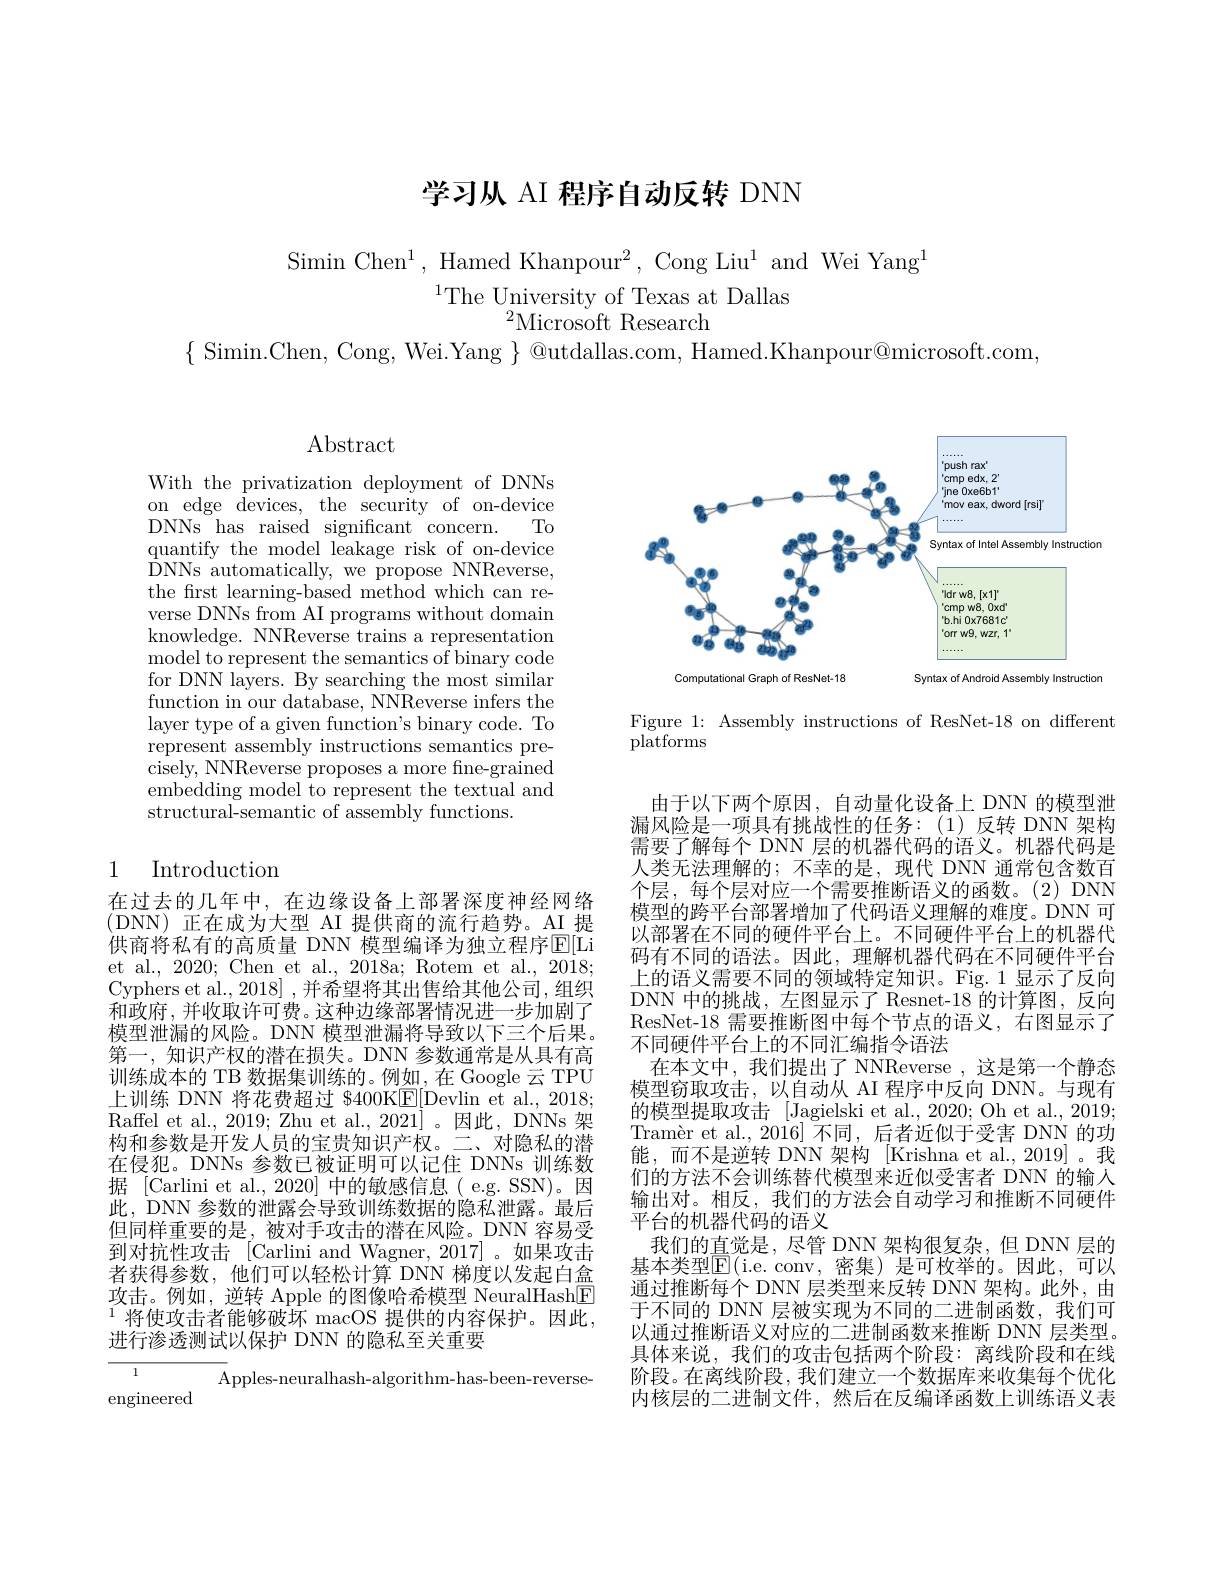
# 学习从 AI 程序自动反转 DNN

Simin Chen$^1$, Hamed Khanpour$^2$, Cong Liu$^1$ and Wei Yang$^1$
$^{1}$The University of Texas at Dallas
$^{2}$Microsoft Research

$\{$ Simin.Chen, Cong, Wei.Yang $\}$ @utdallas.com, Hamed.Khanpour@microsoft.com,

Abstract

With the privatization deployment of DNNs on edge devices, the security of on-device
$To$
DNNs has raised significant concern.
quantify the model leakage risk of on-device ${\dot{\mathrm{DNNs~automatically,~we~propose~NNReverse,}}}$ the frst learning-based method which can reverse DNNs from AI programs without domain knowledge. NNReverse trains a representation model to represent the semantics of binary code for DNN layers. By searching the most similar function in our database, NNReverse infers the layer type of a given function's binary code. To represent assembly instructions semantics precisely, NNReverse proposes a more fine-grained embedding model to represent the textual and structural-semantic of assembly functions

# 1 Introduction

在过去的几年中，在边缘设备上部署深度神经网络(DNN)正在成为大型 AI 提供商的流行趋势。AI 提供商将私有的高质量 DNN 模型编译为独立程序$\mathbb{E}[$Li et al., 2020; Chen et al., 2018a; Rotem et al., 2018; Cyphers et al., 2018] , 并希望将其出售给其他公司，组织和政府，并收取许可费。这种边缘部署情况进一步加剧了模型泄漏的风险。DNN 模型泄漏将导致以下三个后果。第一，知识产权的潜在损失。DNN 参数通常是从具有高训练成本的 TB 数据集训练的。例如，在 Google 云 TPU 上训练 DNN 将花费超过 8400K$\underline{\mathrm{F}}[$Devlin et al., 2018; Raffel et al., 2019; Zhu et al., 2021] 。因此，DNNs 架构和参数是开发人员的宝贵知识产权。二、对隐私的潜在侵犯。DNNs 参数已被证明可以记住 DNNs 训练数据 [Carlini et al., 2020] 中的敏感信息( e.g. SSN)。因此，DNN 参数的泄露会导致训练数据的隐私泄露。最后但同样重要的是，被对手攻击的潜在风险。DNN 容易受到对抗性攻击 [Carlini and Wagner, 2017] 。如果攻击者获得参数，他们可以轻松计算 DNN 梯度以发起白盒攻击。例如，逆转 Apple 的图像哈希模型 NeuralHash$\textcircled{\mathrm{F}}$ $^{1}$将使攻击者能够破坏 macOS 提供的内容保护。因此， 进行渗透测试以保护 DNN 的隐私至关重要

1

Apples-neuralhash-algorithm-has-been-reverse-

engineered

<FigureHere>

Figure 1: Assembly instructions of ResNet-18 on different
platforms

由于以下两个原因，自动量化设备上 DNN 的模型泄漏风险是一项具有挑战性的任务：(1)反转 DNN 架构需要了解每个 DNN 层的机器代码的语义。机器代码是人类无法理解的；不幸的是，现代 DNN 通常包含数百个层，每个层对应一个需要推断语义的函数。(2)DNN 模型的跨平台部署增加了代码语义理解的难度。DNN 可以部署在不同的硬件平台上。不同硬件平台上的机器代码有不同的语法。因此，理解机器代码在不同硬件平台上的语义需要不同的领域特定知识。Fig.1 显示了反向DNN 中的挑战，左图显示了 Resnet-18 的计算图，反向ResNet-18 需要推断图中每个节点的语义，右图显示了不同硬件平台上的不同汇编指令语法
在本文中，我们提出了 NNReverse ,这是第一个静态模型窃取攻击，以自动从 AI 程序中反向 DNN。与现有的模型提取攻击 [Jagielski et al., 2020; Oh et al., 2019; Tramèr et al.,2016] 不同，后者近似于受害 DNN 的功能，而不是逆转 DNN 架构 [Krishna et al.,2019]。我们的方法不会训练替代模型来近似受害者 DNN 的输人输出对。相反，我们的方法会自动学习和推断不同硬件平台的机器代码的语义
我们的直觉是，尽管 DNN 架构很复杂，但 DNN 层的基本类型E( i. e. conv, 密集)是可枚举的。因此，可以通过推断每个 DNN 层类型来反转 DNN 架构。此外，由于不同的 DNN 层被实现为不同的二进制函数，我们可以通过推断语义对应的二进制函数来推断 DNN 层类型。具体来说，我们的攻击包括两个阶段：离线阶段和在线阶段。在离线阶段，我们建立一个数据库来收集每个优化内核层的二进制文件，然后在反编译函数上训练语义表